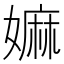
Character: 嫲